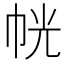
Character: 𭘜